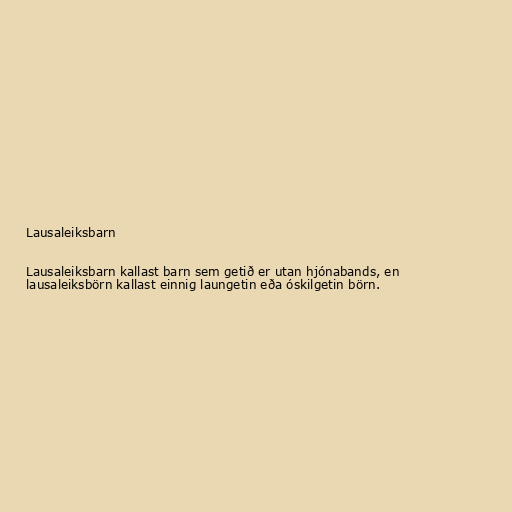
Lausaleiksbarn

Lausaleiksbarn kallast barn sem getið er utan hjónabands, en
lausaleiksbörn kallast einnig laungetin eða óskilgetin börn.